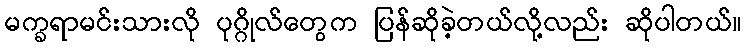
မက္ခရာမင်းသားလို ပုဂ္ဂိုလ်တွေက ပြန်ဆိုခဲ့တယ်လို့လည်း ဆိုပါတယ်။